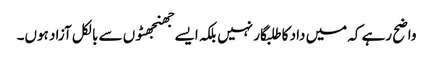
واضح رہے کہ میں داد کا طلبگار نہیں بلکہ ایسے جھنجھٹوں سے بالکل آزاد ہوں۔